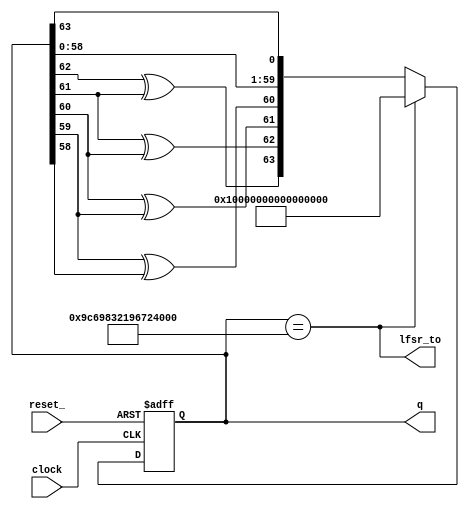
module LFSR8_8E(reset_, clock, q, lfsr_to);
  input clock, reset_;
  output [63:0] q;
  output lfsr_to;
  
  reg [63:0] LFSR;
  wire  lfsr_to;
    
  assign lfsr_to = (LFSR == 64'h9C69832196724182);

  always @(posedge clock or negedge reset_)
    begin
      if (!reset_) 
        LFSR[63:0] <= 64'hffff_ffff_ffff_ffff;
      else if (lfsr_to) 
        LFSR[63:0] <= 64'hffff_ffff_ffff_ffff;
      else
      begin
        LFSR[63:0] <= {(LFSR[62]^LFSR[61]),
                       (LFSR[61]^LFSR[60]),
                       (LFSR[60]^LFSR[59]),
                       (LFSR[59]^LFSR[58]),
                       LFSR[58:0],
                       LFSR[63]};
      end
    end
  assign q = LFSR;
endmodule